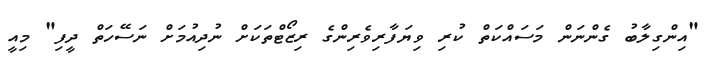
"އިންގިލާބު ގެންނަން މަސައްކަތް ކުރި ވިޔަފާރިވެރިންގެ ރިޒޯޓްތަކަށް ނުދިއުމަށް ނަސޭހަތް ދީފި" މިއީ